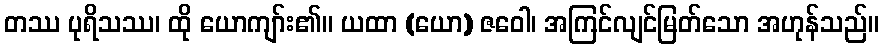
တဿ ပုရိသဿ၊ ထို ယောကျာ်း၏။ ယထာ (ယော) ဇဝေါ၊ အကြင်လျင်မြတ်သော အဟုန်သည်။